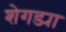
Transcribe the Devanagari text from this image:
शेगड्या